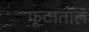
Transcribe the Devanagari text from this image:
फूटाताल